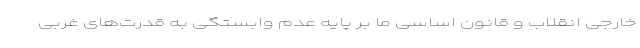
خارجی انقلاب و قانون اساسی ما بر پایه عدم وابستگی به قدرت‌های غربی